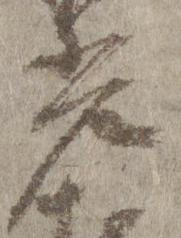
光